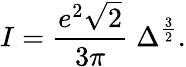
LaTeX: I={\frac{e^{2}\sqrt{2}}{3\pi}}\; \Delta^{\frac{3}{2}}.